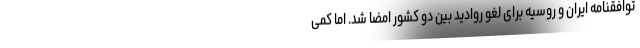
توافقنامه ایران و روسیه برای لغو روادید بین دو کشور امضا شد. اما کمی